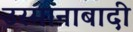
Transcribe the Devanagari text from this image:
उस्मानाबादी